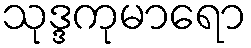
သုဒ္ဒကုမာရော